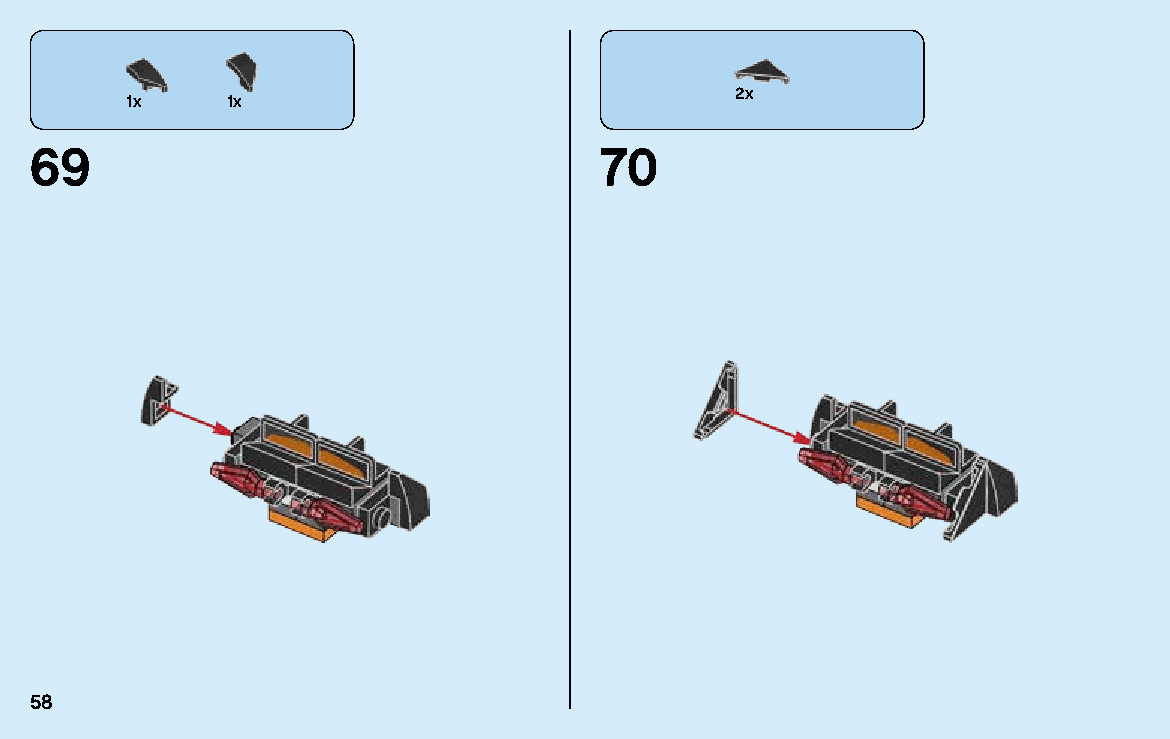
2x
 1x     1x
 69                                    70
 58